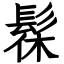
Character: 髹